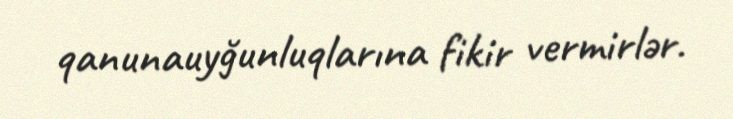
qanunauyğunluqlarına fikir vermirlər.